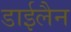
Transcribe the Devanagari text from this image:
डाईलैन